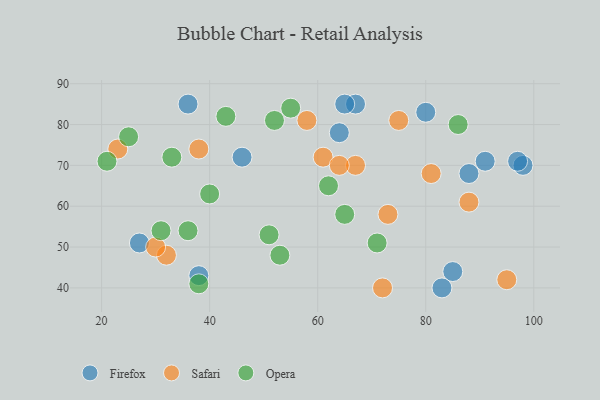
{"axis": {"x": "GDP", "y": "Life Expectancy"}, "legend": ["Firefox", "Opera", "Safari"], "data": [{"x": "98", "y": 70, "type": "Firefox"}, {"x": "27", "y": 51, "type": "Firefox"}, {"x": "97", "y": 71, "type": "Firefox"}, {"x": "88", "y": 68, "type": "Firefox"}, {"x": "67", "y": 85, "type": "Firefox"}, {"x": "85", "y": 44, "type": "Firefox"}, {"x": "83", "y": 40, "type": "Firefox"}, {"x": "38", "y": 43, "type": "Firefox"}, {"x": "91", "y": 71, "type": "Firefox"}, {"x": "36", "y": 85, "type": "Firefox"}, {"x": "46", "y": 72, "type": "Firefox"}, {"x": "80", "y": 83, "type": "Firefox"}, {"x": "64", "y": 78, "type": "Firefox"}, {"x": "65", "y": 85, "type": "Firefox"}, {"x": "95", "y": 42, "type": "Safari"}, {"x": "32", "y": 48, "type": "Safari"}, {"x": "75", "y": 81, "type": "Safari"}, {"x": "72", "y": 40, "type": "Safari"}, {"x": "88", "y": 61, "type": "Safari"}, {"x": "81", "y": 68, "type": "Safari"}, {"x": "30", "y": 50, "type": "Safari"}, {"x": "67", "y": 70, "type": "Safari"}, {"x": "73", "y": 58, "type": "Safari"}, {"x": "61", "y": 72, "type": "Safari"}, {"x": "58", "y": 81, "type": "Safari"}, {"x": "64", "y": 70, "type": "Safari"}, {"x": "38", "y": 74, "type": "Safari"}, {"x": "23", "y": 74, "type": "Safari"}, {"x": "21", "y": 71, "type": "Opera"}, {"x": "43", "y": 82, "type": "Opera"}, {"x": "71", "y": 51, "type": "Opera"}, {"x": "40", "y": 63, "type": "Opera"}, {"x": "65", "y": 58, "type": "Opera"}, {"x": "38", "y": 41, "type": "Opera"}, {"x": "86", "y": 80, "type": "Opera"}, {"x": "52", "y": 81, "type": "Opera"}, {"x": "31", "y": 54, "type": "Opera"}, {"x": "25", "y": 77, "type": "Opera"}, {"x": "53", "y": 48, "type": "Opera"}, {"x": "33", "y": 72, "type": "Opera"}, {"x": "36", "y": 54, "type": "Opera"}, {"x": "62", "y": 65, "type": "Opera"}, {"x": "51", "y": 53, "type": "Opera"}, {"x": "55", "y": 84, "type": "Opera"}]}